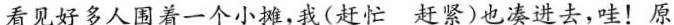
看见好多人围着一个小摊，我(赶忙 赶紧)也凑进去，哇！原